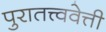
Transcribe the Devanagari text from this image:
पुरातत्त्ववेत्ती